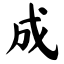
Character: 成